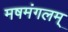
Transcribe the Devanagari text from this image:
मषमंगलम्